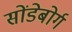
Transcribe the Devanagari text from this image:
सोंडेबोर्ग